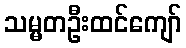
သမ္မတဦးထင်ကျော်